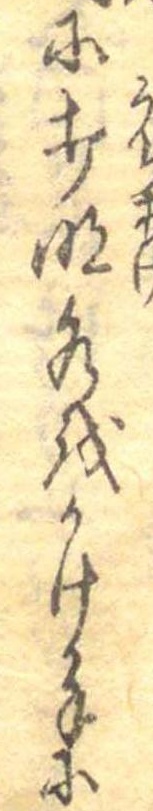
に打明水をかけ手に